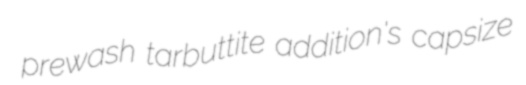
prewash tarbuttite addition's capsize